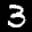
Label: 3